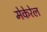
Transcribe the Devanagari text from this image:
मेकेरेल